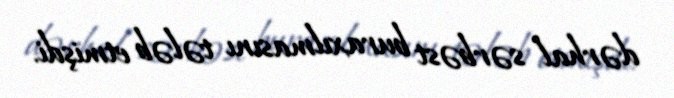
dərhal sərbəst buraxılmasını tələb etmişdi.